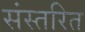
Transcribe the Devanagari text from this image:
संस्तरित